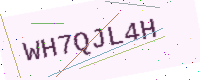
Text: WH7QJL4H